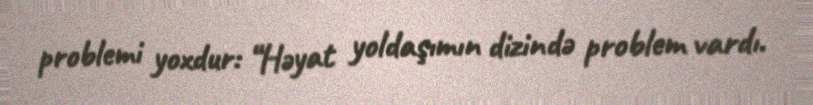
problemi yoxdur: “Həyat yoldaşımın dizində problem vardı.